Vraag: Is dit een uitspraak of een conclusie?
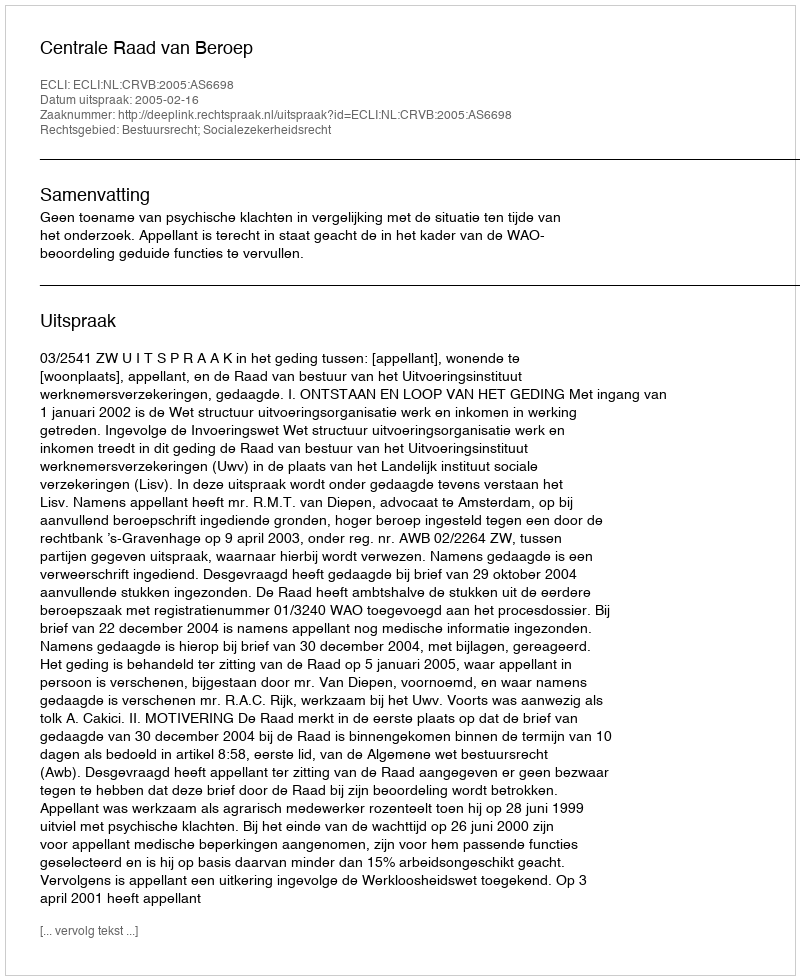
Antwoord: Uitspraak